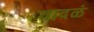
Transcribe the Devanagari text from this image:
वादळं